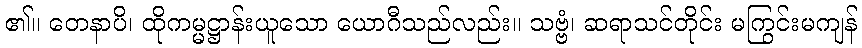
၏။ တေနာပိ၊ ထိုကမ္မဋ္ဌာန်းယူသော ယောဂီသည်လည်း။ သဗ္ဗံ၊ ဆရာသင်တိုင်း မကြွင်းမကျန်